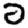
Digit: 2